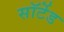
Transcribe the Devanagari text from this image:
सॉर्टेड